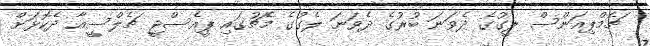
ޗެމްޕިއަންސް ލީގުގެ ދެވަނަ ބުރުގެ ދެވަނަ ލެގުގެ މެޗުގައި ޕީއެސްޖީ ޗެލްސީއާ ދެކޮޅަށް